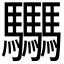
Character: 𩧢